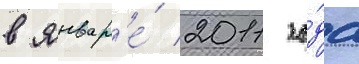
в январ'е́ 2011 го́да